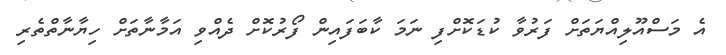
އެ މަސްއޫލިއްޔަތަށް ފަރުވާ ކުޑަކޮށްފި ނަމަ ކާބަފައިން ފޯރުކޮށް ދެއްވި އަމާނާތަށް ހިޔާނާތްތެރި